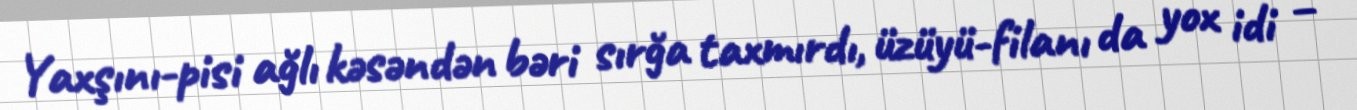
Yaxşını-pisi ağlı kəsəndən bəri sırğa taxmırdı, üzüyü-filanı da yox idi –